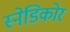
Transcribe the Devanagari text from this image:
स्नेडिकोर